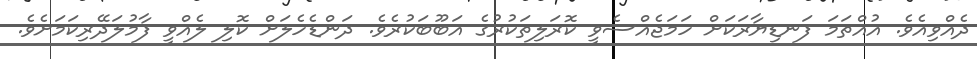
ދެއްވިއެވެ. އުއްތަމަ ފަނޑިޔާާރަކަށް ހަމަޖެއްސެވީ ކޮރަލިތަކުރުގެ އަބޫބަކުރެވެ. ދަންޑެހެލަށް ކޮލި ލެއްވީ ފާމުލަދޭރިކަމަށެވެ.